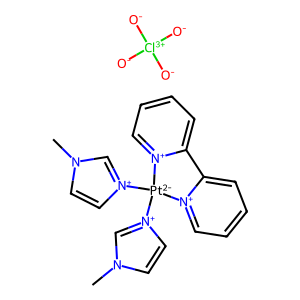
SMILES: Cn1cc[n+]([Pt-2]2([n+]3ccn(C)c3)[n+]3ccccc3-c3cccc[n+]32)c1.[O-][Cl+3]([O-])([O-])[O-]
Inhibits HIV replication: No